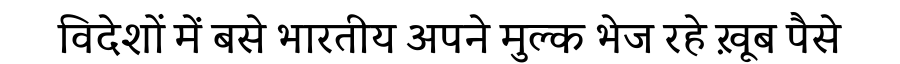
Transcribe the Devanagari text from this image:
विदेशों में बसे भारतीय अपने मुल्क भेज रहे ख़ूब पैसे